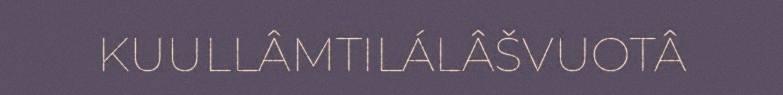
KUULLÂMTILÁLÂŠVUOTÂ